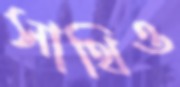
সাথিও